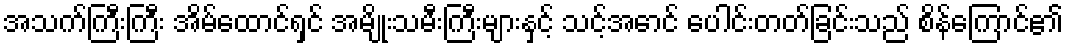
အသက်ကြီးကြီး အိမ်ထောင်ရှင် အမျိုးသမီးကြီးများနှင့် သင့်အောင် ပေါင်းတတ်ခြင်းသည် စိန်ကြောင်၏